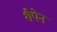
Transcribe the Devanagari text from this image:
शैपेन